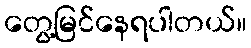
တွေ့မြင်နေရပါတယ်။